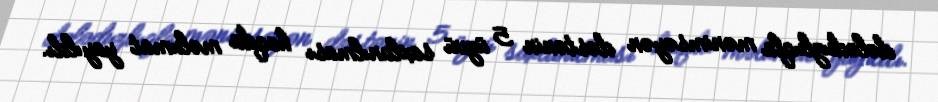
dələduzluqla mənimsəyən dəstənin 5 üzvü saxlanılması haqda məlumat yayıldı.